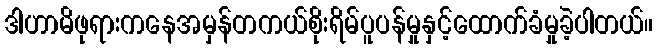
ဒါဟာမိဖုရားကနေအမှန်တကယ်စိုးရိမ်ပူပန်မှုနှင့်ထောက်ခံမှုခဲ့ပါတယ်။